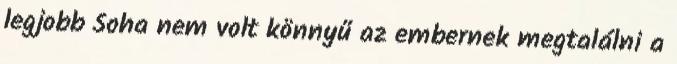
legjobb Soha nem volt könnyű az embernek megtalálni a